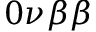
0 \nu \beta \beta